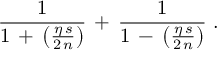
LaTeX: \frac { 1 } { 1 \, + \, \left( \frac { \eta \, s } { 2 \, n } \right) } \, + \, \frac { 1 } { 1 \, - \, \left( \frac { \eta \, s } { 2 \, n } \right) } \, \, .